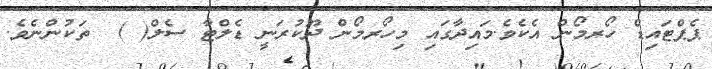
ޕެޕްޓައިޑް ހޯރމޯން އެކެވެ.މައިދާގައި މިހޯރމޯން ދޫކުރަނީ ޑެލްޓާ ސެލް( )  ތަކުންނެވެ.